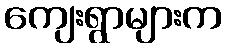
ကျေးရွာများက